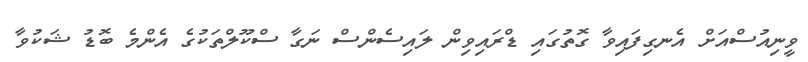
ވީނިއުސްއަށް އެނގިފައިވާ ގޮތުގައި ޑްރައިވިން ލައިސެންސް ނަގާ ސްކޫލްތަކުގެ އެންމެ ބޮޑު ޝަކުވާ